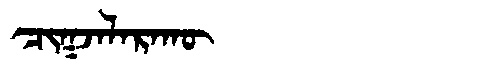
Manchu: ᠴᡳᡴᠵᠠᠯᠠᡵᠠᡴᡡ
Romanization: CIKJALARAKŪ